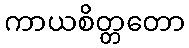
ကာယစိတ္တတော